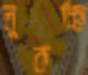
লুকচ্ছি